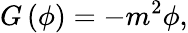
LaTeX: G\left(\phi\right)=-m^{2}\phi,